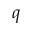
\boldsymbol { q }